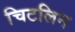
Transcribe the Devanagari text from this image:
चिटलिन